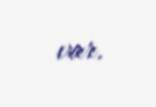
var.